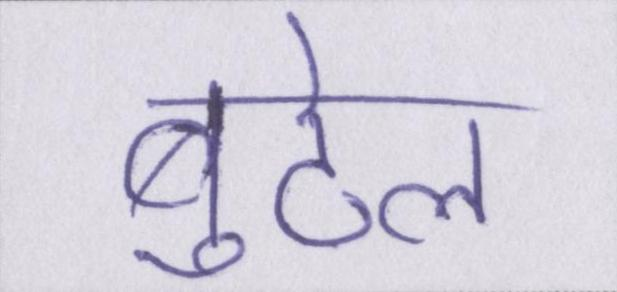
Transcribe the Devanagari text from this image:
बुटेल